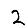
Digit: 2